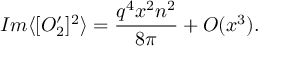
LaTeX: I m \langle [ O _ { 2 } ^ { \prime } ] ^ { 2 } \rangle = \frac { q ^ { 4 } x ^ { 2 } n ^ { 2 } } { 8 \pi } + { \cal { O } } ( x ^ { 3 } ) .